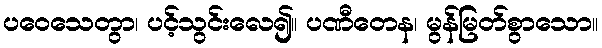
ပဝေသေတွာ၊ ပင့်သွင်းလေ၍။ ပဏီတေန၊ မွန်မြတ်စွာသော။